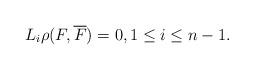
LaTeX: \begin{align*}L_{i}\rho(F, \overline{F})=0, 1 \leq i \leq n-1.\end{align*}